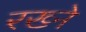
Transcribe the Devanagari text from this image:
रख्ने